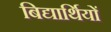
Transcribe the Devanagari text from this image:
बिद्यार्थियों